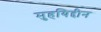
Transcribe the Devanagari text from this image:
मुहयिद्दीन